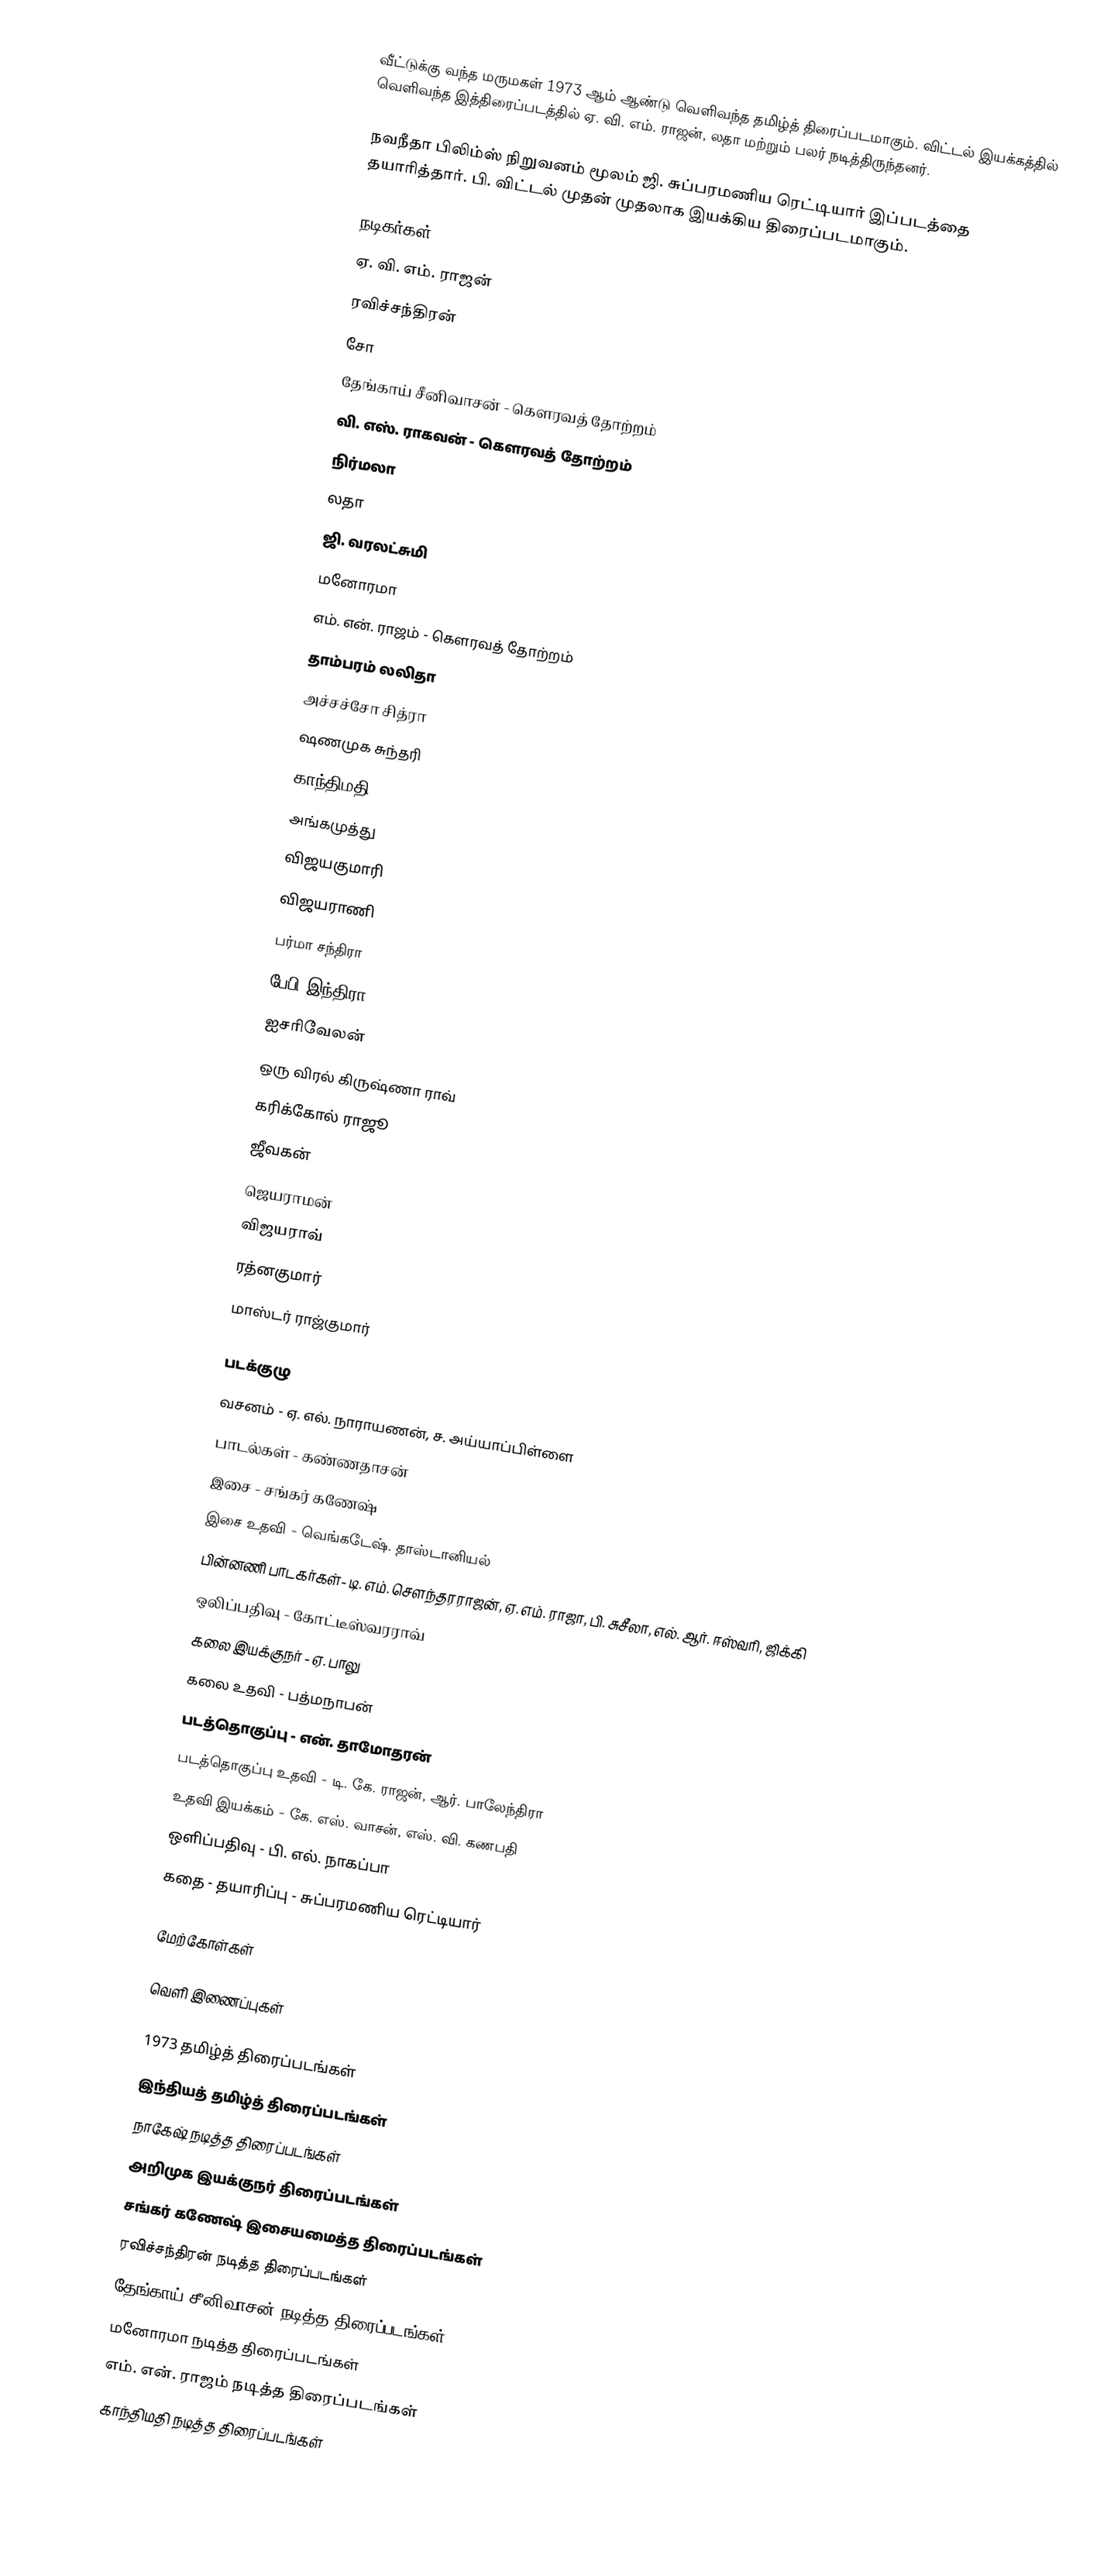
வீட்டுக்கு வந்த மருமகள் 1973 ஆம் ஆண்டு வெளிவந்த தமிழ்த் திரைப்படமாகும். விட்டல் இயக்கத்தில் வெளிவந்த இத்திரைப்படத்தில் ஏ. வி. எம். ராஜன், லதா மற்றும் பலர் நடித்திருந்தனர்.

நவநீதா பிலிம்ஸ் நிறுவனம் மூலம் ஜி. சுப்பரமணிய ரெட்டியார் இப்படத்தை தயாரித்தார். பி. விட்டல் முதன் முதலாக இயக்கிய திரைப்படமாகும்.

நடிகர்கள்
 ஏ. வி. எம். ராஜன்
 ரவிச்சந்திரன்
 சோ
 தேங்காய் சீனிவாசன் - கௌரவத் தோற்றம்
 வி. எஸ். ராகவன் - கௌரவத் தோற்றம்
 நிர்மலா
 லதா
 ஜி. வரலட்சுமி
 மனோரமா
 எம். என். ராஜம் - கௌரவத் தோற்றம்
 தாம்பரம் லலிதா
 அச்சச்சோ சித்ரா
 ஷணமுக சுந்தரி
 காந்திமதி
 அங்கமுத்து
 விஜயகுமாரி
 விஜயராணி
 பர்மா சந்திரா
 பேபி இந்திரா
 ஐசரிவேலன்
 ஒரு விரல் கிருஷ்ணா ராவ்
 கரிக்கோல் ராஜூ
 ஜீவகன்
 ஜெயராமன்
 விஜயராவ்
 ரத்னகுமார்
 மாஸ்டர் ராஜ்குமார்

படக்குழு
 வசனம் - ஏ. எல். நாராயணன், ச. அய்யாப்பிள்ளை
 பாடல்கள் - கண்ணதாசன்
 இசை - சங்கர் கணேஷ்
 இசை உதவி - வெங்கடேஷ். தாஸ்டானியல்
 பின்னணி பாடகர்கள்- டி. எம். சௌந்தரராஜன், ஏ. எம். ராஜா, பி. சுசீலா, எல். ஆர். ஈஸ்வரி, ஜிக்கி
 ஒலிப்பதிவு - கோட்டீஸ்வரராவ்
 கலை இயக்குநர் - ஏ. பாலு
 கலை உதவி - பத்மநாபன்
 படத்தொகுப்பு - என். தாமோதரன்
 படத்தொகுப்பு உதவி - டி. கே. ராஜன், ஆர். பாலேந்திரா
 உதவி இயக்கம் - கே. எஸ். வாசன், எஸ். வி. கணபதி
 ஒளிப்பதிவு - பி. எல். நாகப்பா
 கதை - தயாரிப்பு - சுப்பரமணிய ரெட்டியார்

மேற்கோள்கள்

வெளி இணைப்புகள்

1973 தமிழ்த் திரைப்படங்கள்
இந்தியத் தமிழ்த் திரைப்படங்கள்
நாகேஷ் நடித்த திரைப்படங்கள்
அறிமுக இயக்குநர் திரைப்படங்கள்
சங்கர் கணேஷ் இசையமைத்த திரைப்படங்கள்
ரவிச்சந்திரன் நடித்த திரைப்படங்கள்
தேங்காய் சீனிவாசன் நடித்த திரைப்படங்கள்
மனோரமா நடித்த திரைப்படங்கள்
எம். என். ராஜம் நடித்த திரைப்படங்கள்
காந்திமதி நடித்த திரைப்படங்கள்